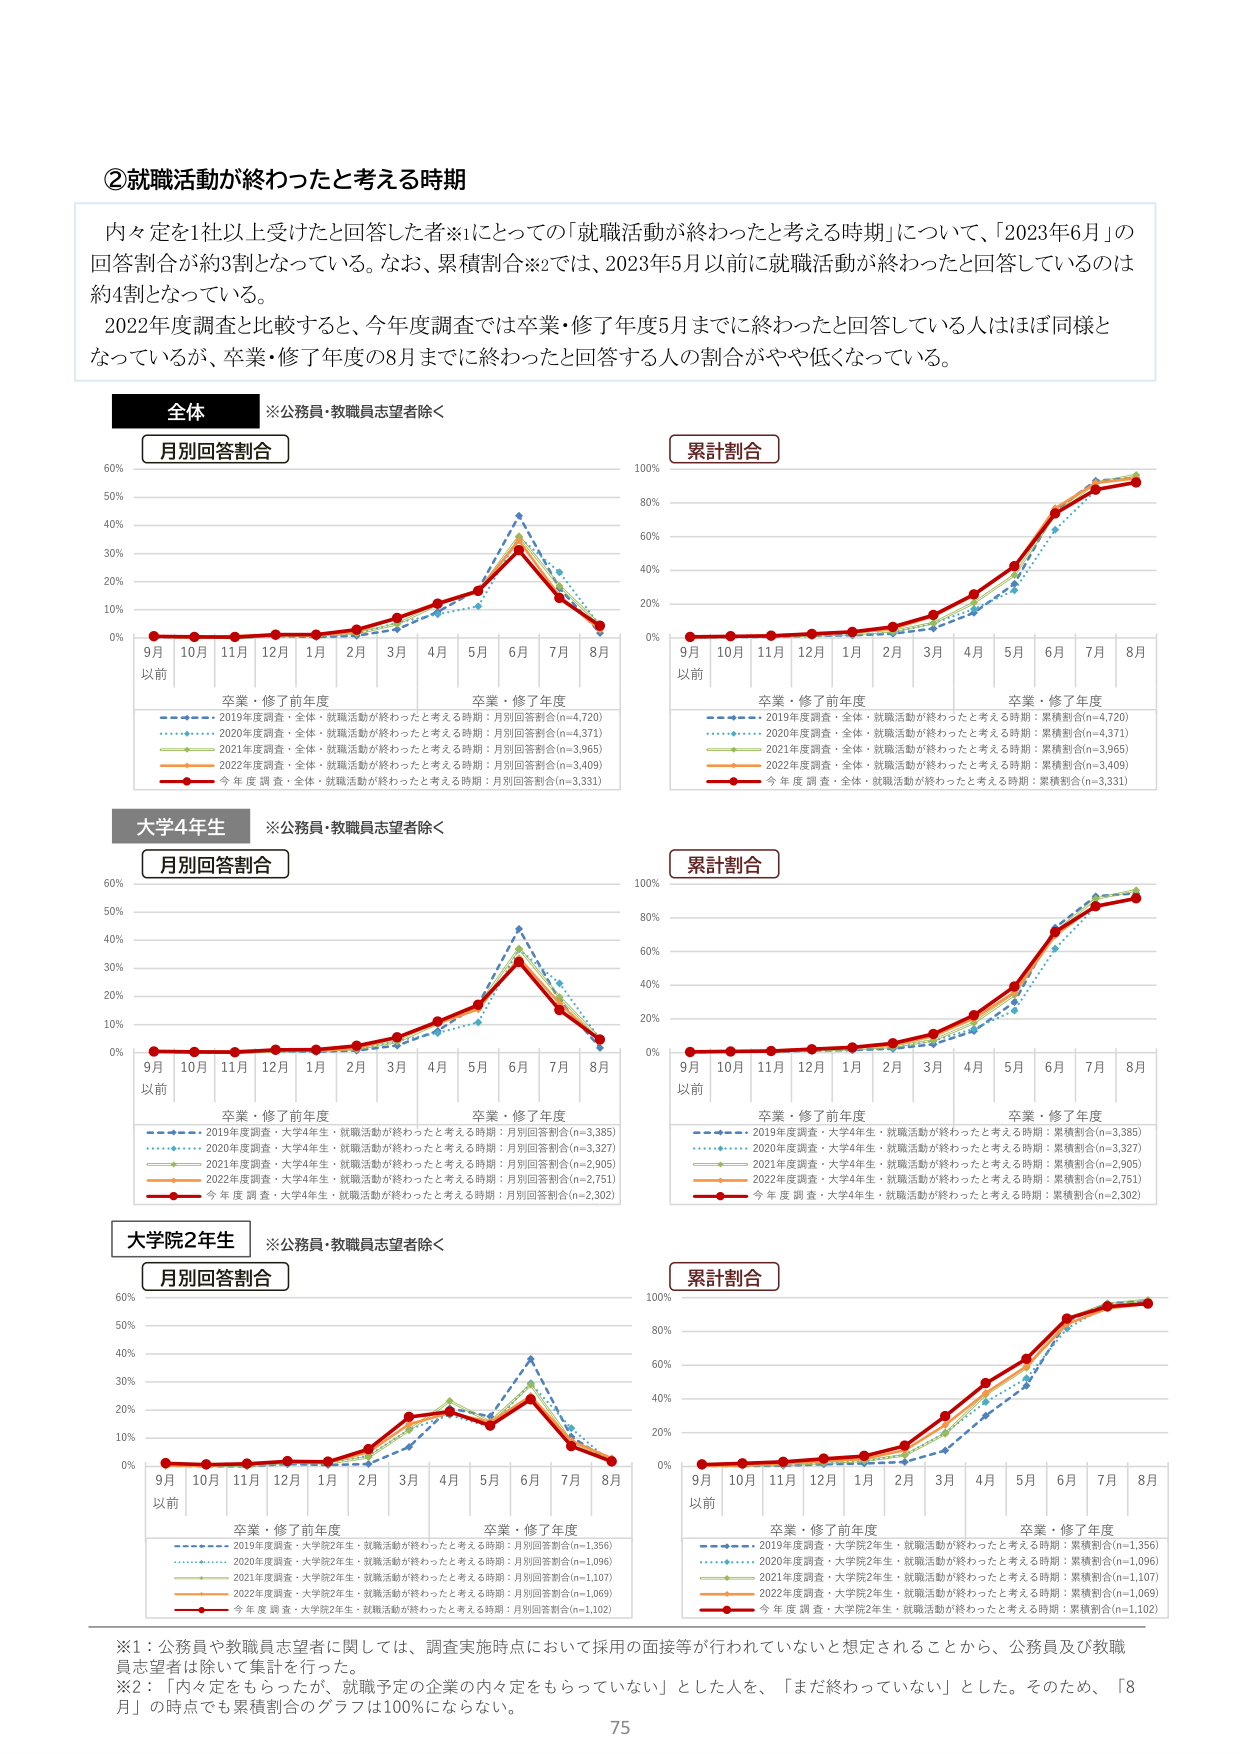
②就職活動が終わったと考える時期

内々定を1社以上受けたと回答した者※1にとっての「就職活動が終わったと考える時期」について、「2023年6月」の回答割合が約3割となっている。なお、累積割合※2では、2023年5月以前に就職活動が終わったと回答しているのは約4割となっている。

2022年度調査と比較すると、今年度調査では卒業・修了年度5月までに終わったと回答している人はほぼ同様となっているが、卒業・修了年度の8月までに終わったと回答する人の割合がやや低くなっている。

全体
※公務員・教職員志望者除く

月別回答割合

9月以前　10月　11月　12月　1月　2月　3月　4月　5月　6月　7月　8月

卒業・修了前年度